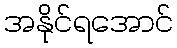
အနိုင်ရအောင်